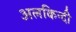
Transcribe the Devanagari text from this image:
अलकिन्दी